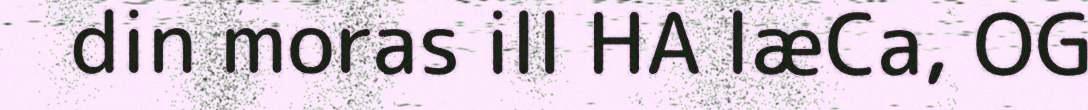
din moras ill HA læCa, OG